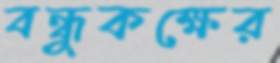
বন্ধুকক্ষের